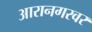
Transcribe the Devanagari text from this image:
आरानगरवर